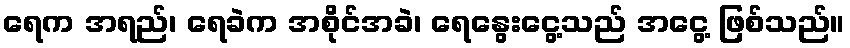
ရေက အရည်၊ ရေခဲက အစိုင်အခဲ၊ ရေနွေးငွေ့သည် အငွေ့ ဖြစ်သည်။